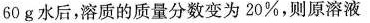
60g水后，溶质的质量分数变为20%，则原溶液